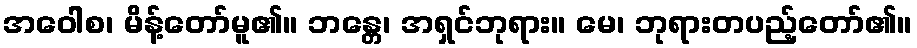
အဝေါစ၊ မိန့်တော်မူ၏။ ဘန္တေ၊ အရှင်ဘုရား။ မေ၊ ဘုရားတပည့်တော်၏။